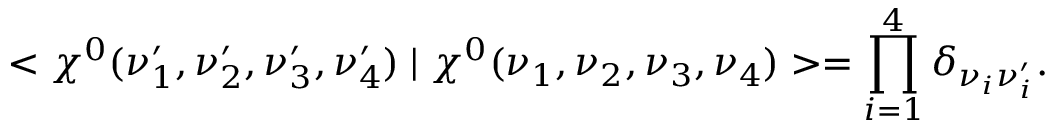
< \chi ^ { 0 } ( \nu _ { 1 } ^ { \prime } , \nu _ { 2 } ^ { \prime } , \nu _ { 3 } ^ { \prime } , \nu _ { 4 } ^ { \prime } ) \mid \chi ^ { 0 } ( \nu _ { 1 } , \nu _ { 2 } , \nu _ { 3 } , \nu _ { 4 } ) > = \prod _ { i = 1 } ^ { 4 } \delta _ { \nu _ { i } \nu _ { i } ^ { \prime } } .